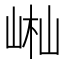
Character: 𡷻